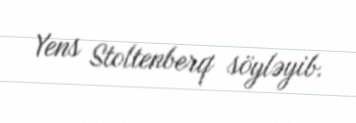
Yens Stoltenberq söyləyib.